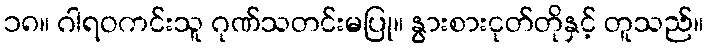
၁၈။ ဂါရဝကင်းသူ ဂုဏ်သတင်းမပြု။ နွားစားငုတ်တိုနှင့် တူသည်။